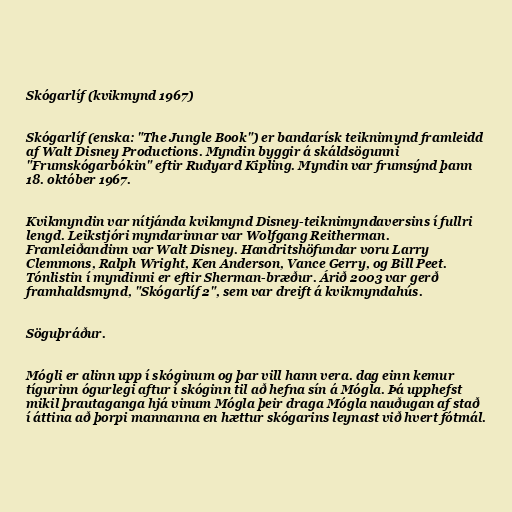
Skógarlíf (kvikmynd 1967)

Skógarlíf (enska: "The Jungle Book") er bandarísk teiknimynd framleidd
af Walt Disney Productions. Myndin byggir á skáldsögunni
"Frumskógarbókin" eftir Rudyard Kipling. Myndin var frumsýnd þann
18. október 1967.

Kvikmyndin var nítjánda kvikmynd Disney-teiknimyndaversins í fullri
lengd. Leikstjóri myndarinnar var Wolfgang Reitherman.
Framleiðandinn var Walt Disney. Handritshöfundar voru Larry
Clemmons, Ralph Wright, Ken Anderson, Vance Gerry, og Bill Peet.
Tónlistin í myndinni er eftir Sherman-bræður. Árið 2003 var gerð
framhaldsmynd, "Skógarlíf 2", sem var dreift á kvikmyndahús.

Söguþráður.

Mógli er alinn upp í skóginum og þar vill hann vera. dag einn kemur
tígurinn ógurlegi aftur í skóginn til að hefna sín á Mógla. Þá upphefst
mikil þrautaganga hjá vinum Mógla þeir draga Mógla nauðugan af stað
í áttina að þorpi mannanna en hættur skógarins leynast við hvert fótmál.